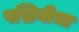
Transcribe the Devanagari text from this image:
पद्मिनीचा